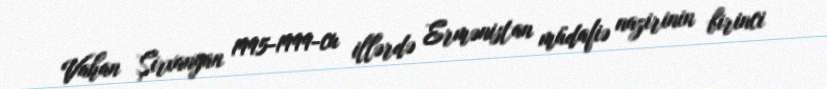
Vahan Şirxanyan 1995-1999-cu illərdə Ermənistan müdafiə nazirinin birinci